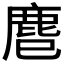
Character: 𪊍